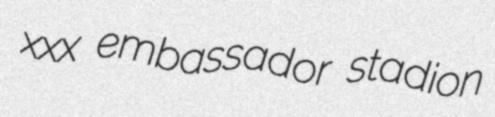
xxx embassador stadion